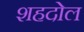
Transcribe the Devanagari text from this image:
शहदोल